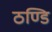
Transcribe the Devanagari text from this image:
ठण्डि